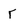
Character: r